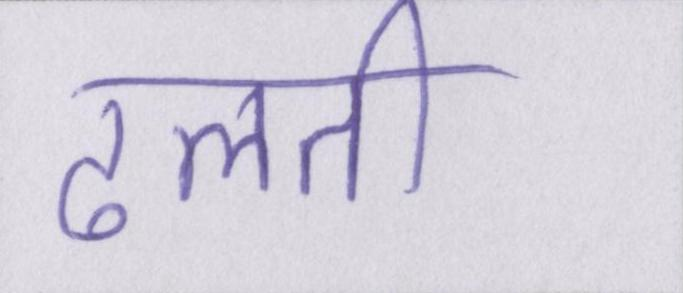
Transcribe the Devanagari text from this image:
ढलती